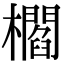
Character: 櫩